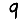
Digit: 9